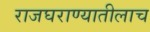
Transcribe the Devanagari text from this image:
राजघराण्यातीलाच